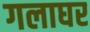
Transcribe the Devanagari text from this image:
गलाघर